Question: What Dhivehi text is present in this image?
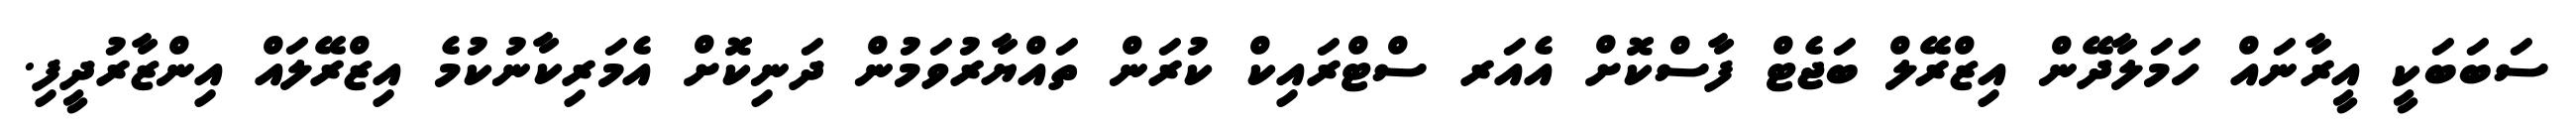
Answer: ސަބަބަކީ އީރާނައް ހަމަލާދޭން އިޒްރޭލް ބަޖެޓް ފާސްކޮށް އެއަރ ސްޓްރައިކް ކުރަން ތައްޔާރުވަމުން ދަނިކޮށް އެމަރިކާނުކުމެ އިޒްރޭލައް އިންޒާރުދީފި.